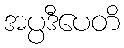
အပ္ပဒီပေတိ